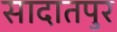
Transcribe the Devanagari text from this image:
सादातपुर